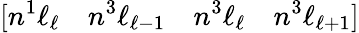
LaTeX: [n{}^{1}\ell_{\ell}\quad n{}^{3}\ell_{\ell-1}\quad n{}^{3}\ell_{\ell}\quad n{}^{3}\ell_{\ell+1}]